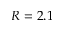
R = 2 . 1